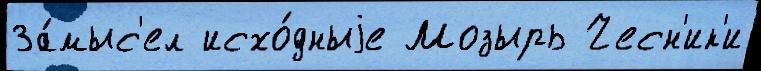
За́мыс'ел исхо́дныjе Мозырь Чесн'ик'и